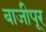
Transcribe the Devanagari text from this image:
बाजीपूर